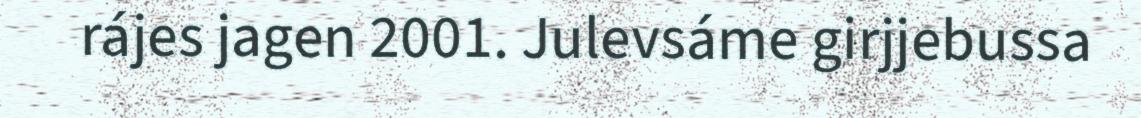
rájes jagen 2001. Julevsáme girjjebussa